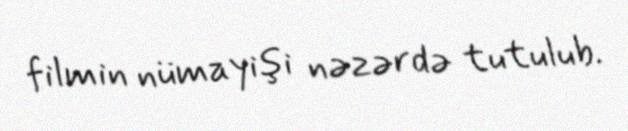
filmin nümayişi nəzərdə tutulub.